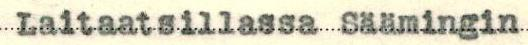
Laitaatsillassa Säämingin